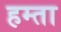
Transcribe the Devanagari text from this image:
हम्ता